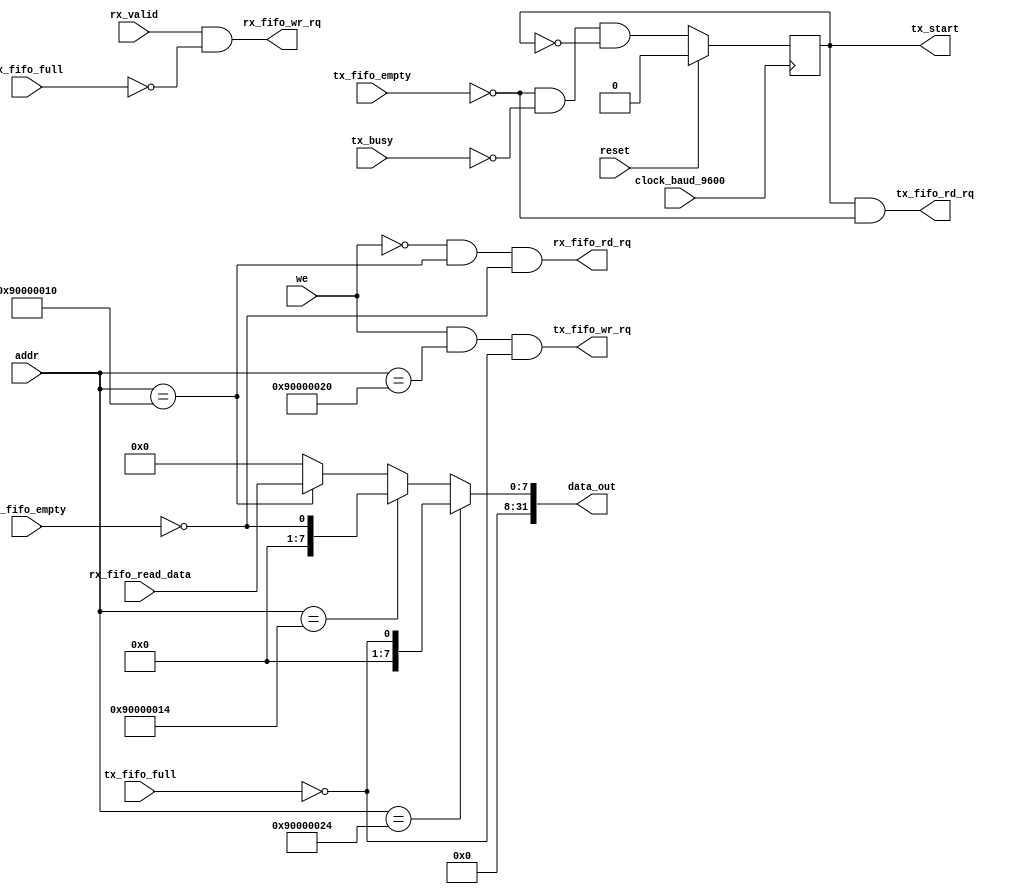
module mm_uart_control #(
    parameter DATA_WIDTH = 32,
    parameter RX_ADDR = 32'h90000010,
    parameter TX_ADDR = 32'h90000020,
    parameter RX_READY_ADDR = 32'h90000014,
    parameter TX_READY_ADDR = 32'h90000024
) (
    input clock_baud_9600,
    input reset,
    input we,
    input [DATA_WIDTH-1:0] addr,
    output [DATA_WIDTH-1:0] data_out,

    // Tx FIFO
    input tx_fifo_full,
    input tx_fifo_empty,
    output tx_fifo_wr_rq,
    output tx_fifo_rd_rq,

    // UART Tx
    input tx_busy,
    output reg tx_start,

    // Rx FIFO
    input rx_fifo_full,
    input rx_fifo_empty,
    output rx_fifo_wr_rq,
    output rx_fifo_rd_rq,
    input [7:0] rx_fifo_read_data,

    // UART Rx
    input rx_valid

);


wire [DATA_WIDTH-1:0] tx_ready;
wire [DATA_WIDTH-1:0] rx_ready;
wire [DATA_WIDTH-1:0] rx_read_data;

// Data Out to CPU
assign data_out = (addr == TX_READY_ADDR) ? tx_ready     :
                  (addr == RX_READY_ADDR) ? rx_ready     :
                  (addr == RX_ADDR)       ? rx_read_data :
                  {DATA_WIDTH{1'b0}};

// Tx ready signal
assign tx_ready = { {DATA_WIDTH-1{1'b0}}, ~tx_fifo_full };

// Rx ready signal
assign rx_ready = { {DATA_WIDTH-1{1'b0}}, ~rx_fifo_empty };

// Pad data read from rx fifo
assign rx_read_data = { {DATA_WIDTH-8{1'b0}}, rx_fifo_read_data};

// Write to Tx FIFO
assign tx_fifo_wr_rq = we && (addr == TX_ADDR) && ~tx_fifo_full;

// Read from Tx FIFO
assign tx_fifo_rd_rq = tx_start && ~tx_fifo_empty;

// Write to Rx FIFO
assign rx_fifo_wr_rq = rx_valid && ~rx_fifo_full;

// Read from Rx FIFO
assign rx_fifo_rd_rq = ~we && (addr == RX_ADDR) && ~rx_fifo_empty;

always@(posedge clock_baud_9600) begin
    if(reset) begin
        tx_start <= 0;
    end else begin
        // TODO: make this nonblocking
        tx_start = ~tx_fifo_empty && ~tx_busy && ~tx_start;
    end
end

endmodule